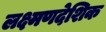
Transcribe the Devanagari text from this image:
लक्ष्मणदेशिक